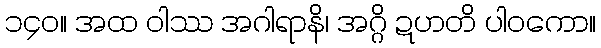
၁၄၀။ အထ ဝါဿ အဂါရာနိ၊ အဂ္ဂိ ဍဟတိ ပါဝကော။